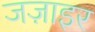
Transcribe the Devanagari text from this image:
जज़ाइर